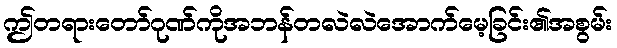
ဤတရားတော်ဂုဏ်ကိုအဘန်တလဲလဲအောက်မေ့ခြင်း၏အစွမ်း